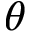
\theta